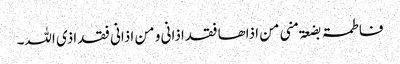
فاطمۃ بضعۃ منی من اذاھا فقد اذانی و من اذانی فقد اذی اللہ۔